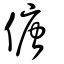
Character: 傏